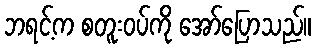
ဘရင့်က စတူးဝပ်ကို အော်ပြောသည်။